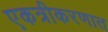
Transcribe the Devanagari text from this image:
एकत्रीकरणात